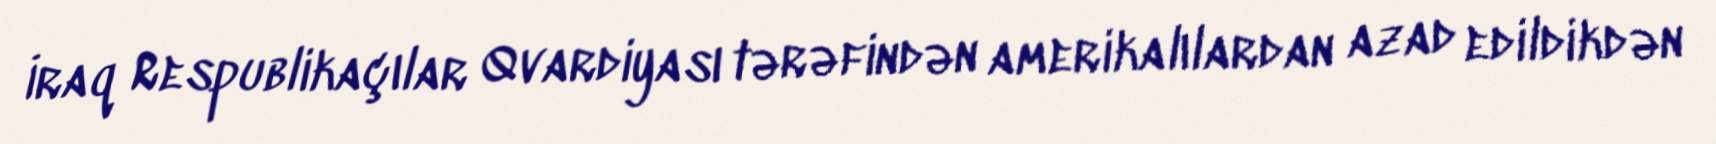
İraq Respublikaçılar Qvardiyası tərəfindən amerikalılardan azad edildikdən